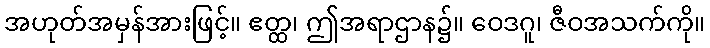
အဟုတ်အမှန်အားဖြင့်။ ဧတ္ထ၊ ဤအရာဌာန၌။ ဝေဒဂူ၊ ဇီဝအသက်ကို။